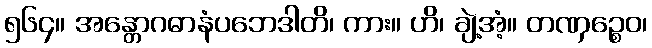
၅၆၄။ အန္တောဂဓာနံပဘေဒါတိ၊ ကား။ ဟိ၊ ချဲ့အံ့။ တဏှဉ္စေဝ၊